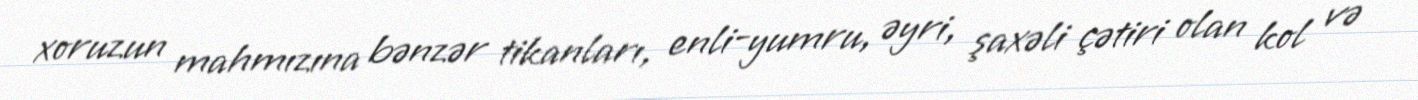
xoruzun mahmızına bənzər tikanları, enli-yumru, əyri, şaxəli çətiri olan kol və